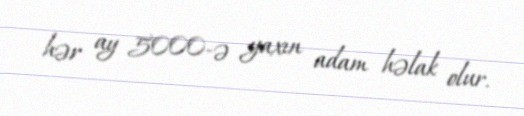
hər ay 5000-ə yaxın adam həlak olur.